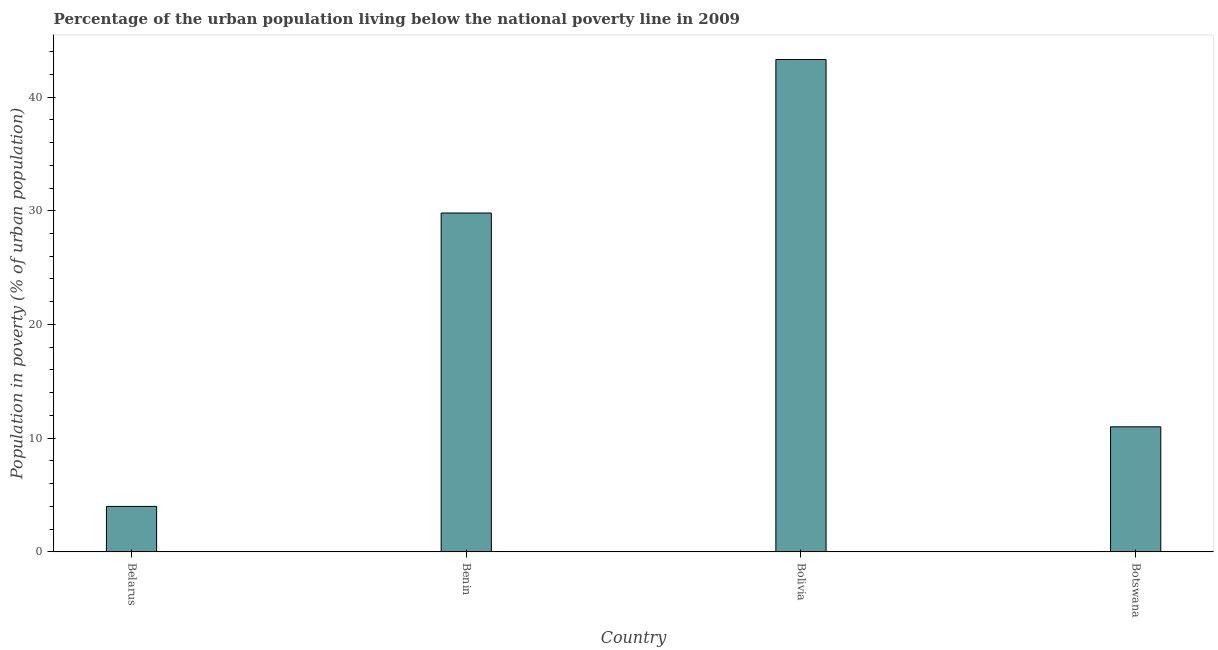
| Country | Urban poverty headcount ratio |
 | --- | --- |
 | Belarus | 4 |
 | Benin | 29.8 |
 | Bolivia | 43.3 |
 | Botswana | 11 |